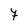
Character: F